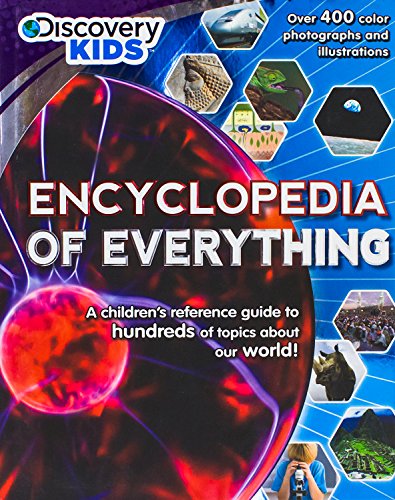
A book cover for Encyclopedia Of Everything (Discovery Kids); Parragon Books; Reference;